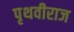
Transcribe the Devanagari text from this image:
पृथवीराज